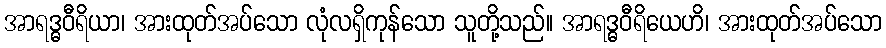
အာရဒ္ဓဝီရိယာ၊ အားထုတ်အပ်သော လုံလရှိကုန်သော သူတို့သည်။ အာရဒ္ဓဝီရိယေဟိ၊ အားထုတ်အပ်သော